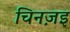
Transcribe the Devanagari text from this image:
चिनज़इ